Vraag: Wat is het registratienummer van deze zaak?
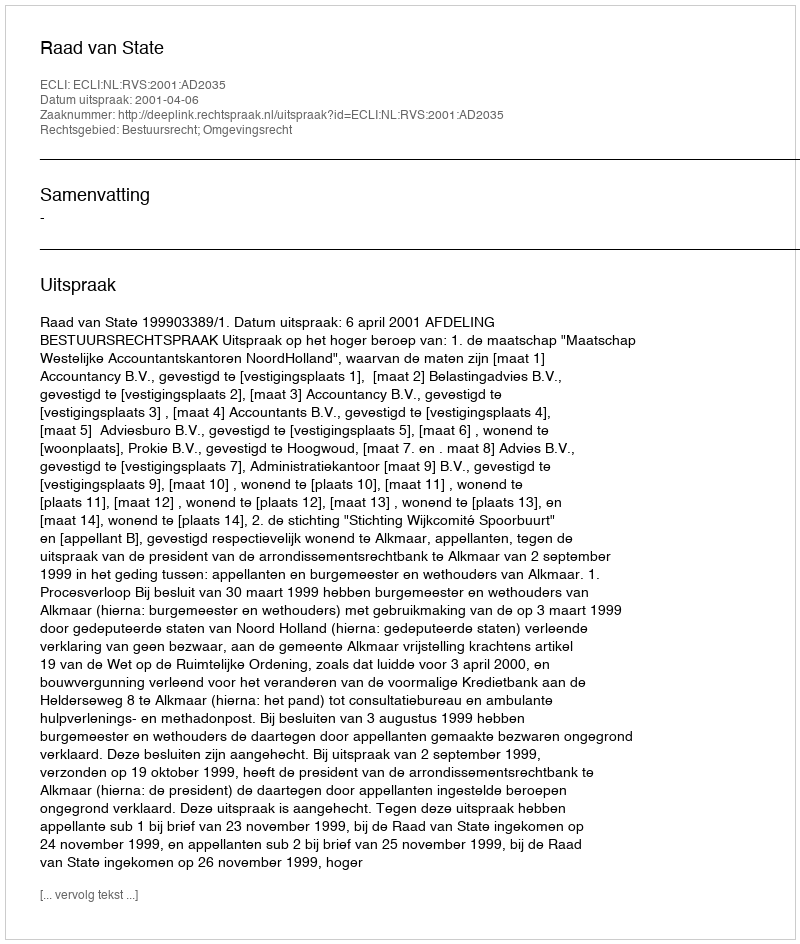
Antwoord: http://deeplink.rechtspraak.nl/uitspraak?id=ECLI:NL:RVS:2001:AD2035